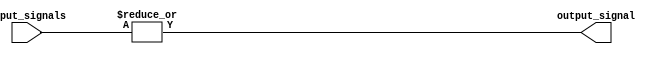
module comb_logic_blocks (
    input [63:0] input_signals,
    output reg output_signal
);

always @* begin
    output_signal = |input_signals;
end

endmodule